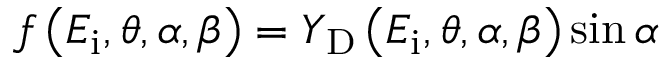
f \left( E _ { \mathrm { i } } , \theta , \alpha , \beta \right) = Y _ { \mathrm { D } } \left( E _ { \mathrm { i } } , \theta , \alpha , \beta \right) \sin \alpha